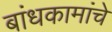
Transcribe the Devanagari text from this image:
बांधकामांचे